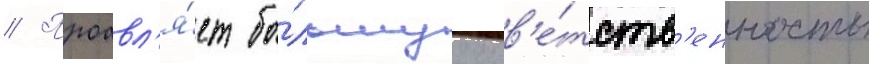
// Проавл'я́ет бо́льшуу отв'е́тств'енность